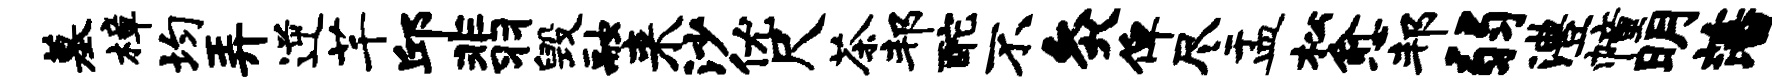
墓樟均弄逆芊邱翡毁融来沙优尺茶邦酡不灸俾尽盂松愈邦弱澧幢明藩